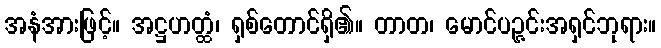
အနံအားဖြင့်။ အဋ္ဌဟတ္ထံ၊ ရှစ်တောင်ရှိ၏။ တာတ၊ မောင်ပဉ္ဇင်းအရှင်ဘုရား။